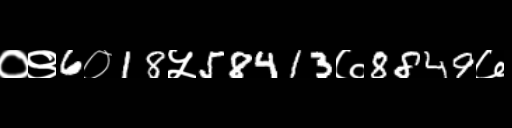
Text: ०९6०18५58413७8849७